Civil Veterinary Dept. North-West Frontier Province 1923-32 - 1923-1932
Year: 1923
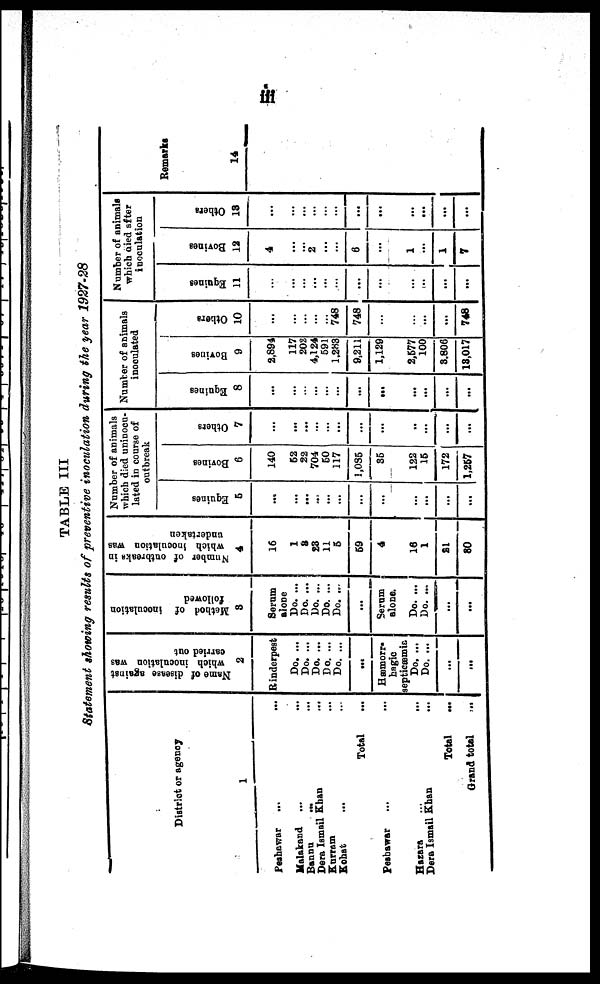
iii
TABLE III
Statement showing results of preventive inoculation during the year 1927-28
District or agency
1
Peshawar ... ...
Malakand ... ...
Bannu
...
...
Dera Ismail Khan ...
Kurram ...
Kohat ... ...
Total ...
Peshawar ... ...
Hazara ... ...
Dera Ismail Khan ...
Total
...
Grand total
...
Name of disease against
which inoculation was
carried out
2
Rinderpest
Do. ...
Do. ...
Do. ...
Do. ...
Do. ...
...
Hæmorr-
hagic
septicæmia
Do. ...
Do. ...
...
...
Method of inoculation
followed
3
Serum
alone
Do. ...
Do. ...
Do. ...
Do. ...
Do. ...
...
Serum
alone.
Do. ...
Do. ...
...
...
Number of outbreaks in
which inoculation was
undertaken
4
16
1
3
23 11
5
59
4
16
1
21
80
Number of animals
which died uninocu-
lated in course of
outbreak
Equines
5
...
...
...
... ...
...
...
...
...
...
...
...
Bovines
6
140
52
22
704
50
117
1,085
35
122
15
172
1,257
Others
7
...
...
...
... ...
...
...
...
..
...
...
...
Number of animals
inoculated
Equines
8
...
...
...
... ...
...
...
...
...
...
...
...
Bovines
9
2,894
117
208
4,124
591
1,283
9,211
1,129
2,577
100
3,806
13,017
Others
10
...
...
...
... ...
748
748
...
...
...
...
748
Number of animals
which died after
inoculation
Equines
11
...
...
...
...
...
...
...
...
...
...
...
...
Bovines
12
4
...
...
2 ...
...
6
...
1
...
1
7
Others
13
...
...
...
... ...
...
...
...
...
...
...
...
Remarks
14